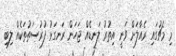
މި މެޗުގައި ރެއާލަށް ވަނީ އިތުރު ލަނޑެއް ޖަހަން ރަނގަޅު ފުރުސަތުތަކެއް ލިބި